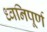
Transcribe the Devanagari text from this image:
ध्वनिपूर्ण